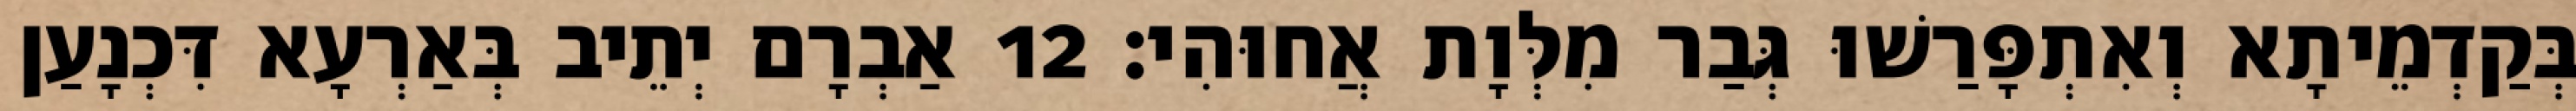
בְּקַדְמֵיתָא וְאִתְפָּרַשׁוּ גְּבַר מִלְּוָת אֲחוּהִי׃ 12 אַבְרָם יְתֵיב בְּאַרְעָא דִּכְנָעַן